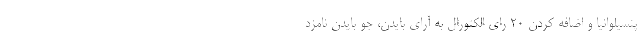
پنسیلوانیا و اضافه کردن 20 رای الکتورال به آرای بایدن، جو بایدن نامزد